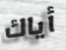
أياك